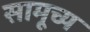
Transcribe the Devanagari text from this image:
सामूच्य